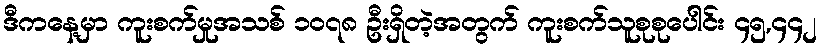
ဒီကနေ့မှာ ကူးစက်မှုအသစ် ၁၀၇၈ ဦးရှိတဲ့အတွက် ကူးစက်သူစုစုပေါင်း ၄၅,၄၄၂